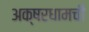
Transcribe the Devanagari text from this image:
अक्षरधामची